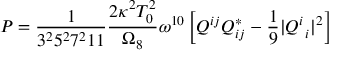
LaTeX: P = \frac { 1 } { 3 ^ { 2 } 5 ^ { 2 } 7 ^ { 2 } 1 1 } \frac { 2 \kappa ^ { 2 } T _ { 0 } ^ { 2 } } { \Omega _ { 8 } } \omega ^ { 1 0 } \left[ Q ^ { i j } Q _ { i j } ^ { * } - \frac { 1 } { 9 } | Q _ { \ i } ^ { i } | ^ { 2 } \right]